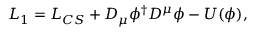
{ \cal L } _ { 1 } = { \cal L } _ { C S } + D _ { \mu } \phi ^ { \dagger } D ^ { \mu } \phi - U ( \phi ) ,